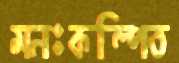
মনঃকল্পিত